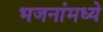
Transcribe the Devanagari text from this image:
भजनांमध्ये